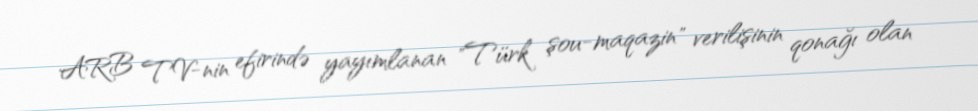
ARB TV-nin efirində yayımlanan "Türk şou-maqazin" verilişinin qonağı olan